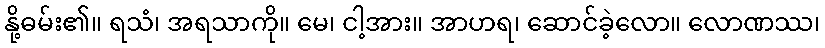
နို့ဓမ်း၏။ ရသံ၊ အရသာကို။ မေ၊ ငါ့အား။ အာဟရ၊ ဆောင်ခဲ့လော။ လောဏဿ၊